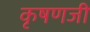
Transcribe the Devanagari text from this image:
कृषणजी